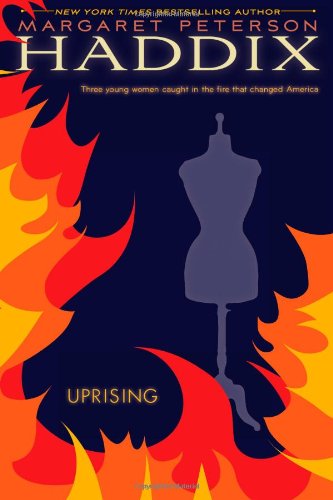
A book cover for Uprising; Margaret Peterson Haddix; Teen & Young Adult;